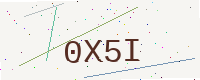
Text: 0X5I